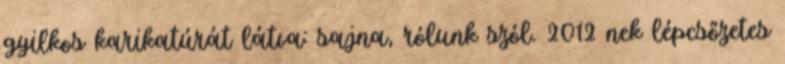
gyilkos karikatúrát látva: sajna, rólunk szól. 2012 nek lépcsőzetes